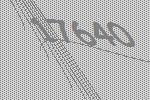
17640